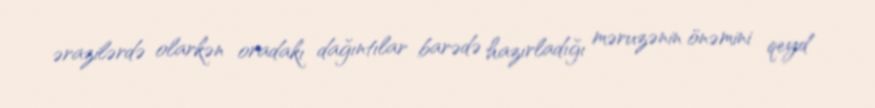
ərazilərdə olarkən oradakı dağıntılar barədə hazırladığı məruzənin önəmini qeyd